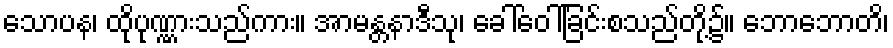
သောပန၊ ထိုပုဏ္ဏားသည်ကား။ အာမန္တနာဒီသု၊ ခေါ်ဝေါ်ခြင်းစသည်တို့၌။ ဘောဘောတိ၊